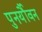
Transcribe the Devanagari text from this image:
पुनर्यौवन